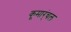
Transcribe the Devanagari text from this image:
कूमार्ंचल